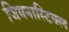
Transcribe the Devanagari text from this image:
जिमनास्टिक्ल